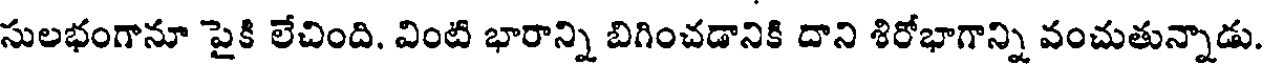
సులభంగానూ పైకి లేచింది. వింటి భారాన్ని బిగించడానికి దాని శిరోభాగాన్ని వంచుతున్నాడు